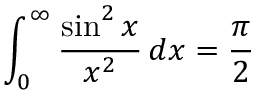
\int _ { 0 } ^ { \infty } { \frac { \sin ^ { 2 } { x } } { x ^ { 2 } } } \, d x = { \frac { \pi } { 2 } }